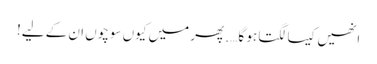
انھیں کیسا لگتا ہو گا …. پھر میں کیوں سوچوں ان کے لیے!